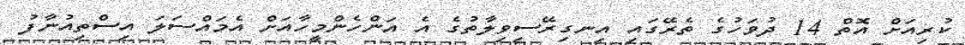
ކުރިއަށް އޮތް 14 ދުވަހުގެ ތެރޭގައި އިނގިރޭސިވިލާތުގެ އެ އަންހެންމީހާއަށް އެމައްސަލަ އިސްތިއުނާފު